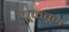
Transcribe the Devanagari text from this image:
चूकवून